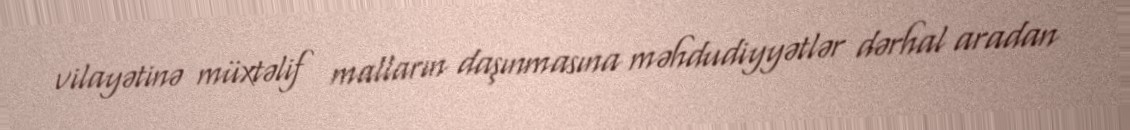
vilayətinə müxtəlif malların daşınmasına məhdudiyyətlər dərhal aradan